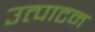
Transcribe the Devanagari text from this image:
उत्पाटन